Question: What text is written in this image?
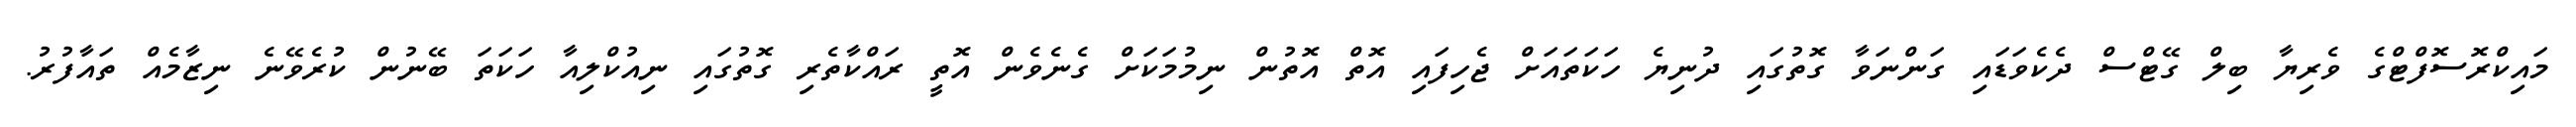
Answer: މައިކްރޮސޮފްޓްގެ ވެރިޔާ ބިލް ގޭޓްސް ދެކެވަޑައި ގަންނަވާ ގޮތުގައި ދުނިޔެ ހަކަތައަށް ޖެހިފައި އޮތް އޮތުން ނިމުމަކަށް ގެނެވެން އޮތީ ރައްކާތެރި ގޮތުގައި ނިއުކްލިއާ ހަކަތަ ބޭނުން ކުރެވޭނެ ނިޒާމެއް ތައާފުރު.